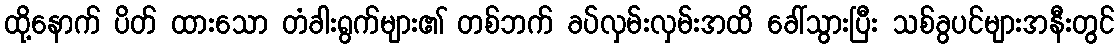
ထို့နောက် ပိတ် ထားသော တံခါးရွက်များ၏ တစ်ဘက် ခပ်လှမ်းလှမ်းအထိ ခေါ်သွားပြီး သစ်ခွပင်များအနီးတွင်